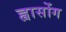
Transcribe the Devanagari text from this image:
ह्वासोंग